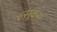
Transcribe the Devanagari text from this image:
ल्सूकस